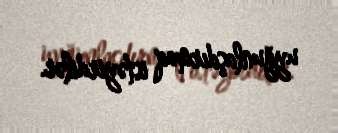
uyğunlaşdırmaq istəyirdilər.